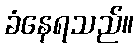
ခံနေရသည်။